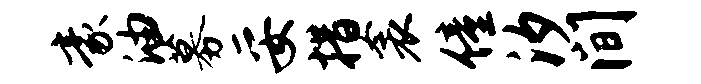
豪油募妥措衾僮汐间